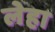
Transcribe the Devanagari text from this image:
लेहा